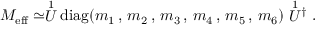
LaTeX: M _ { \mathrm { e f f } } \simeq \stackrel { 1 } { U } \mathrm { d i a g } ( m _ { 1 } \, , \, m _ { 2 } \, , \, m _ { 3 } \, , \, m _ { 4 } \, , \, m _ { 5 } \, , \, m _ { 6 } ) \stackrel { 1 } { U } \! ^ { \dagger } \; .